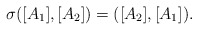
\begin{align*}\sigma([A_{1}],[A_{2}])=([A_{2}],[A_{1}]). \end{align*}